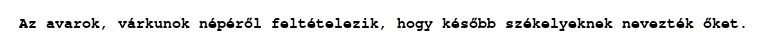
Az avarok, várkunok népéről feltételezik, hogy később székelyeknek nevezték őket.